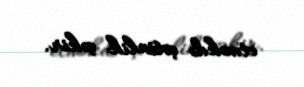
etməkdə çətinlik çəkir.